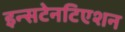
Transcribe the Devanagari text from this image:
इन्सटेनटिएशन